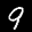
Label: 9